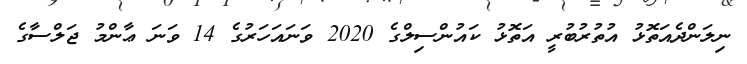
ނިލަންދެއަތޮޅު އުތުރުބުރީ އަތޮޅު ކައުންސިލްގެ 2020 ވަނައަހަރުގެ 14 ވަނަ ޢާންމު ޖަލްސާގެ